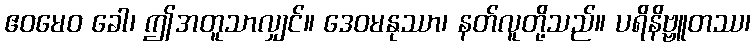
ဧဝမေဝ ခေါ၊ ဤအတူသာလျှင်။ ဒေဝမနုဿာ၊ နတ်လူတို့သည်။ ပရိနိဗ္ဗူတဿ၊